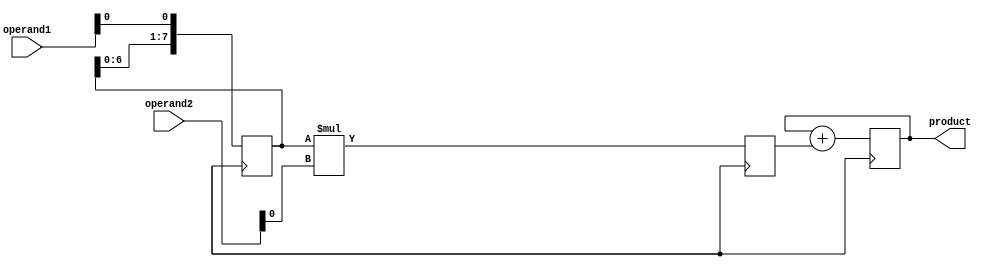
module shift_and_add_multiplier (
  input wire [7:0] operand1,
  input wire [7:0] operand2,
  output reg [15:0] product
);

reg [7:0] shift_register;
reg [7:0] partial_product;

always @ (posedge clk) begin
  shift_register <= {shift_register[6:0], operand1[0]};
  partial_product <= shift_register * operand2[0];
  product <= product + partial_product;
end

endmodule